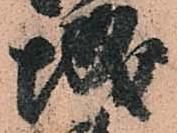
城